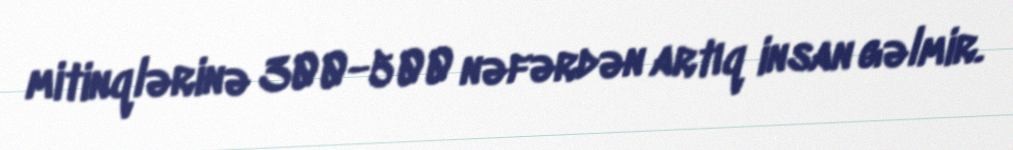
mitinqlərinə 300-500 nəfərdən artıq insan gəlmir.